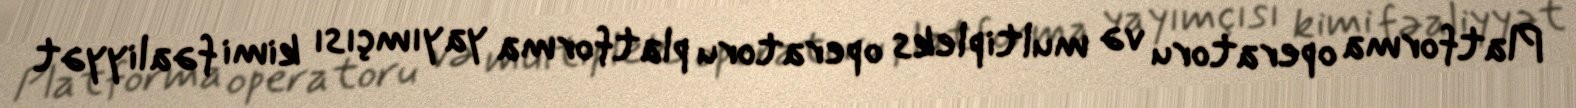
Platforma operatoru və multipleks operatoru platforma yayımçısı kimi fəaliyyət